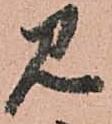
見